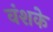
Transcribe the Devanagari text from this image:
वंशके